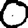
Digit: 0